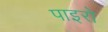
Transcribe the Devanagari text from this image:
पाइरो